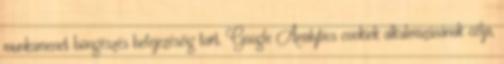
munkamenet böngészés befejezéséig tart. Google Analytics cookiek alkalmazásának célja,